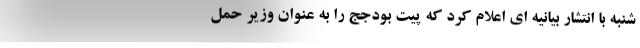
شنبه با انتشار بیانیه ای اعلام کرد که پیت بودجج را به عنوان وزیر حمل